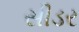
સીડર